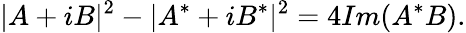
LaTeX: |A+iB|^{2}-|A^{*}+iB^{*}|^{2}=4Im(A^{*}B).